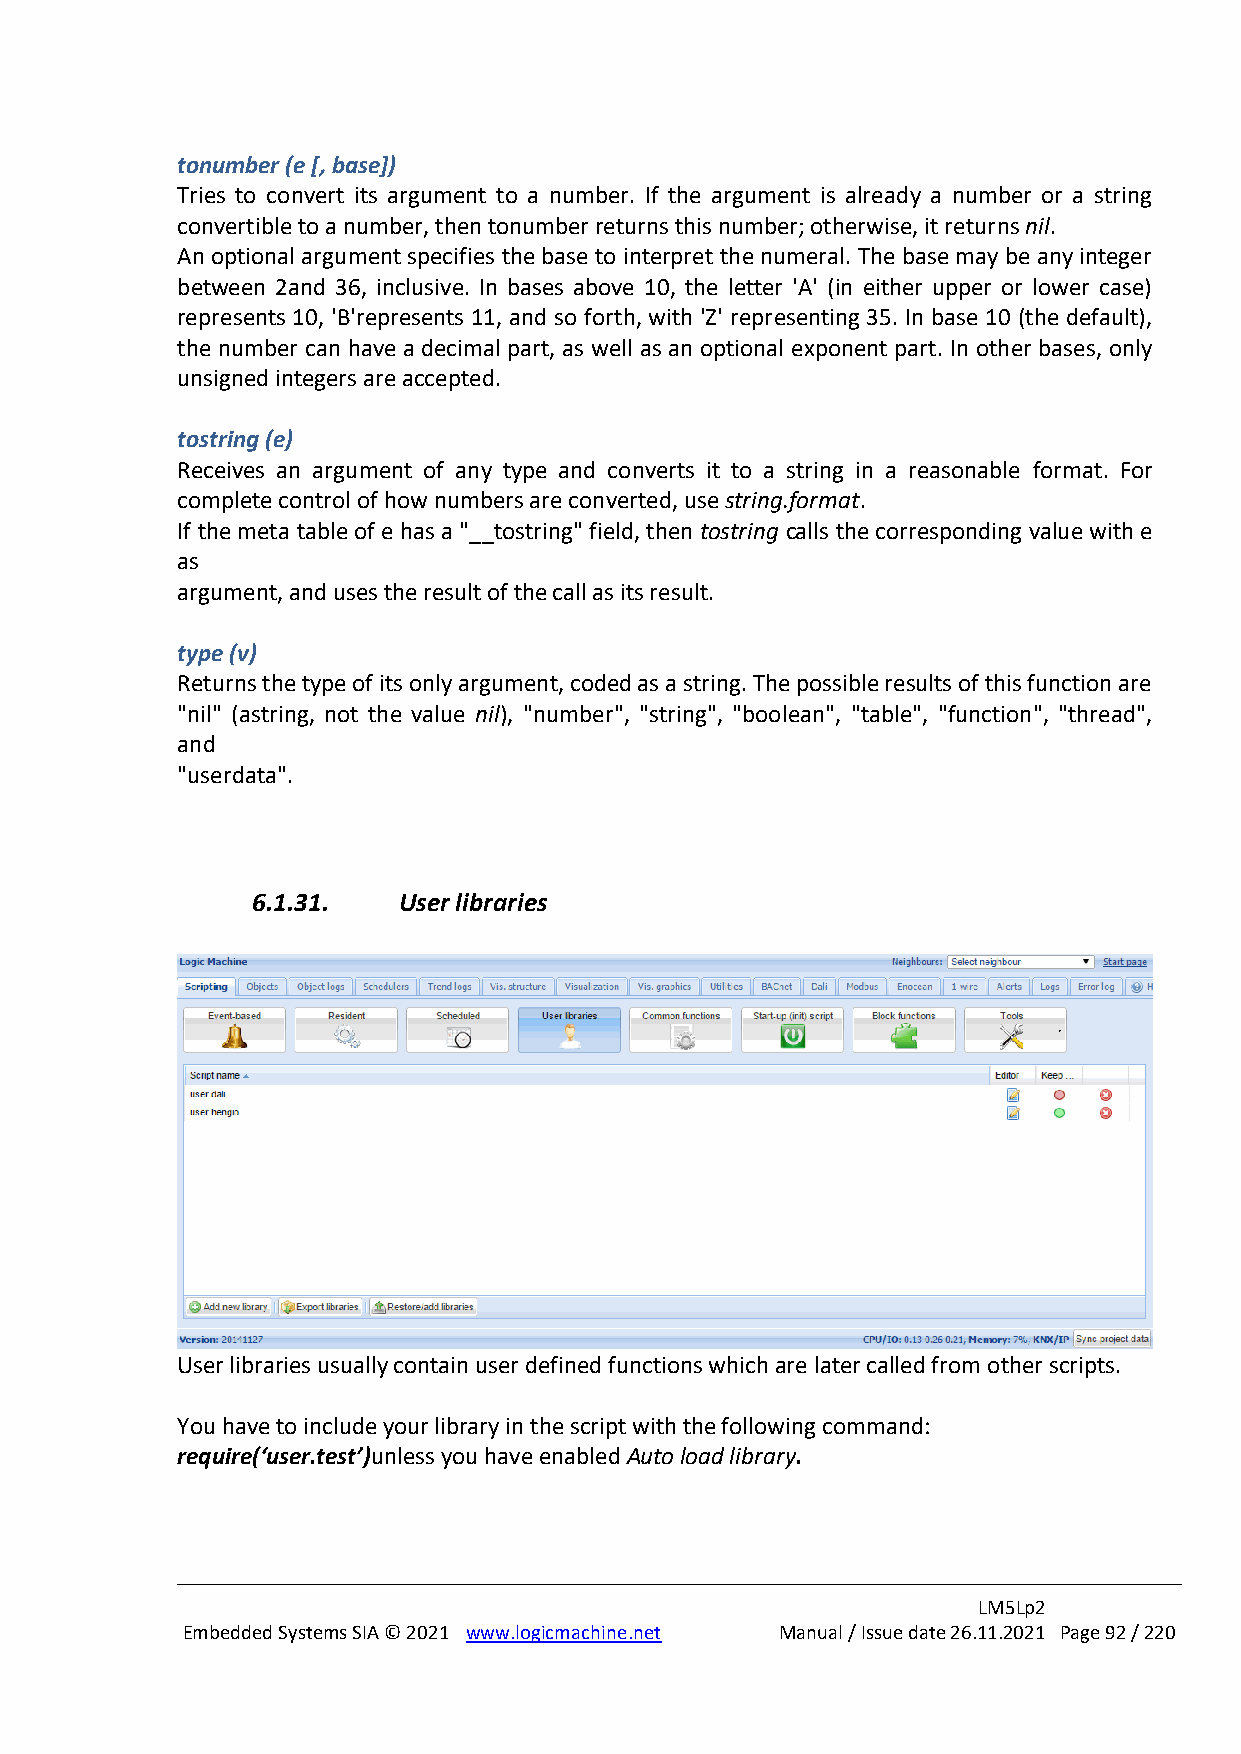
tonumber (e [, base])
 Tries to convert its argument to a number. If the argument is already a number or a string
 convertible to a number, then tonumber returns this number; otherwise, it returns nil.
 An optional argument specifies the base to interpret the numeral. The base may be any integer
 between 2and 36, inclusive. In bases above 10, the letter 'A' (in either upper or lower case)
 represents 10, 'B'represents 11, and so forth, with 'Z' representing 35. In base 10 (the default),
 the number can have a decimal part, as well as an optional exponent part. In other bases, only
 unsigned integers are accepted.
 tostring (e)
 Receives an argument of any type and converts it to a string in a reasonable format. For
 complete control of how numbers are converted, use string.format.
 If the meta table of e has a "__tostring" field, then tostring calls the corresponding value with e
 as
 argument, and uses the result of the call as its result.
 type (v)
 Returns the type of its only argument, coded as a string. The possible results of this function are
 "nil" (astring, not the value nil), "number", "string", "boolean", "table", "function", "thread",
 and
 "userdata".
 6.1.31.  User libraries
 User libraries usually contain user defined functions which are later called from other scripts.
 You have to include your library in the script with the following command:
 require(‘user.test’)unless you have enabled Auto load library.
 LM5Lp2
 Embedded Systems SIA © 2021 www.logicmachine.net Manual / Issue date 26.11.2021 Page 92 / 220